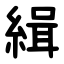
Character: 緝